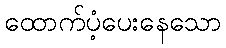
ထောက်ပံ့ပေးနေသော